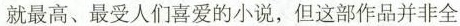
就最高、最受人们喜爱的小说，但这部作品并非全